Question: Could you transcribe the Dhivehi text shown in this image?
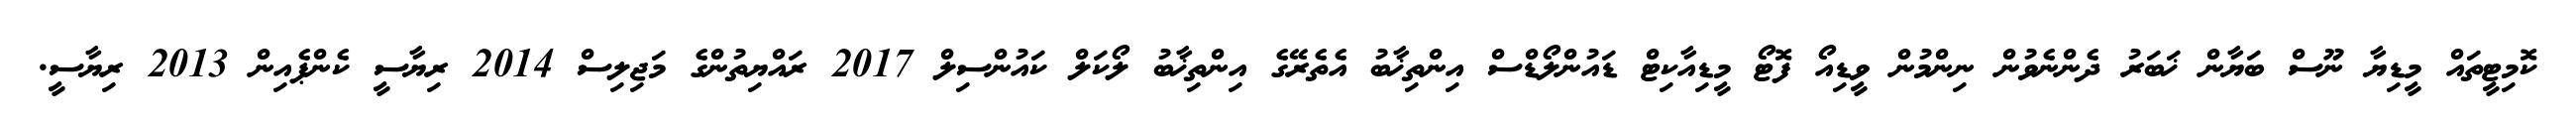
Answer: ކޮމިޓީތައް މީޑިޔާ ނޫސް ބަޔާން ޚަބަރު ދެންނެވުން ނިންމުން ވީޑިއޯ ފޮޓޯ މީޑިއާކިޓް ޑައުންލޯޑްސް އިންތިޚާބު އެތެރޭގެ އިންތިޚާބު ލޯކަލް ކައުންސިލް 2017 ރައްޔިތުންގެ މަޖިލިސް 2014 ރިޔާސީ ކެންޕެއިން 2013 ރިޔާސީ.